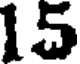
15